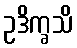
ဥဒိက္ခသိ